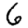
Digit: 6